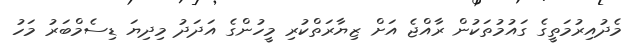
މެދުއިރުމަތީގެ ގައުމުތަކުން ރާއްޖެ އަށް ޒިޔާރަތްކުރި މީހުންގެ އަދަދު މިދިޔަ ޑިސެމްބަރު މަހު